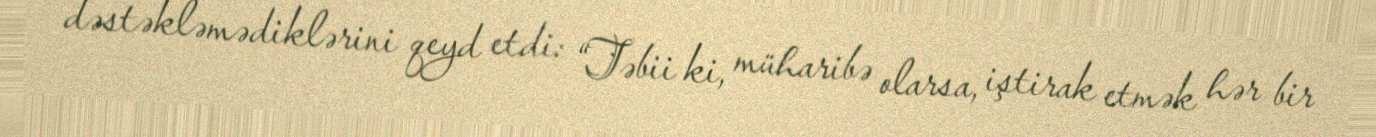
dəstəkləmədiklərini qeyd etdi: “Təbii ki, müharibə olarsa, iştirak etmək hər bir